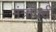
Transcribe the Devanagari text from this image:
मंत्रोक्ती